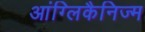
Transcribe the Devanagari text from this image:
आंग्लिकैनिज्म